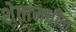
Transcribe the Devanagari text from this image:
शेतांमधील